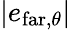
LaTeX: \left|e_{\mathrm{far},\theta}\right|